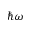
\hbar \omega